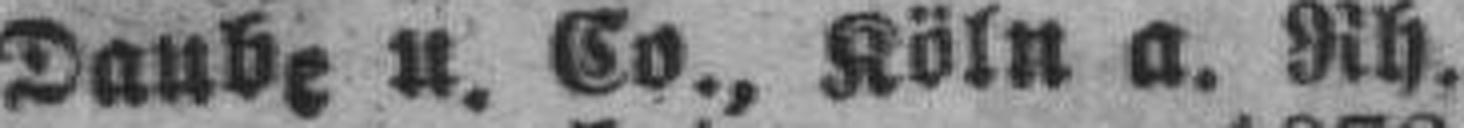
Daube u. Co., Köln a. Rh.